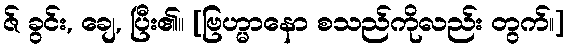
ဇ် ခွင်း, ချေ, ပြီး၏။ [ဗြဟ္မာနော စသည်ကိုလည်း တွက်၊၊]